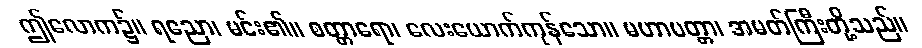
ဤလောက၌။ ရညော၊ မင်း၏။ စတ္တာရော၊ လေးယောက်ကုန်သော။ မဟာမတ္တာ၊ အမတ်ကြီးတို့သည်။